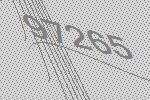
97265